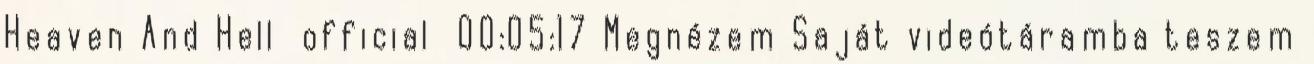
Heaven And Hell official 00:05:17 Megnézem Saját videótáramba teszem